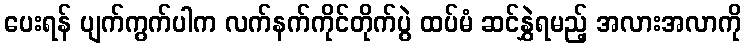
ပေးရန် ပျက်ကွက်ပါက လက်နက်ကိုင်တိုက်ပွဲ ထပ်မံ ဆင်နွှဲရမည့် အလားအလာကို